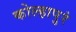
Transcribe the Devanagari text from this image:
कोल्हापुरं